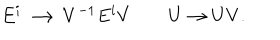
LaTeX: E ^ { i } \longrightarrow V ^ { - 1 } E ^ { i } V \qquad U \to U V .